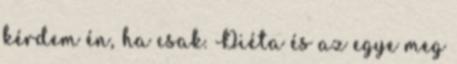
kérdem én, ha csak. Diéta és az egye meg